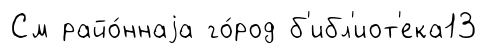
См райо́ннаjа го́род б'ибл'иот'ека13